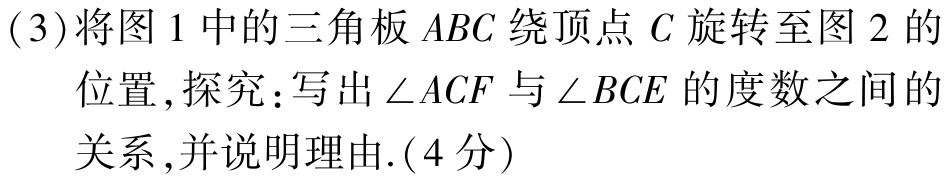
(3)将图1中的三角板 \(ABC\) 绕顶点 \(C\) 旋转至图2的
位置,探究:写出\(\angle ACF\)与\(\angle BCE\)的度数之间的
关系,并说明理由.(4分)